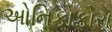
ઓનિકોફોરા